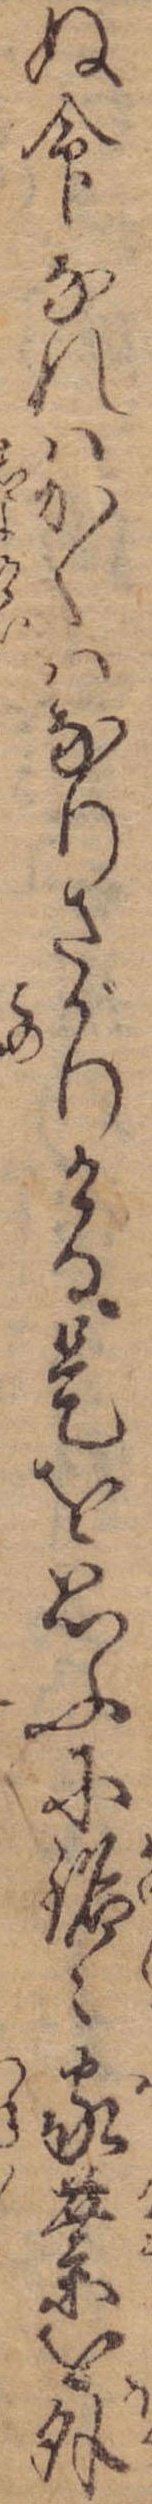
ぬ命なれはかくはなりさがりける是を思ふに銘々家業を外